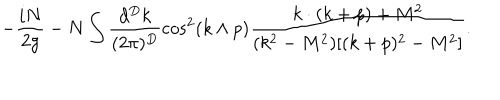
LaTeX: - \frac { i N } { 2 g } - N \int \frac { d ^ { D } k } { ( 2 \pi ) ^ { D } } \cos ^ { 2 } ( k \wedge p ) \frac { k \cdot ( k + p ) + M ^ { 2 } } { ( k ^ { 2 } - M ^ { 2 } ) [ ( k + p ) ^ { 2 } - M ^ { 2 } ] } .